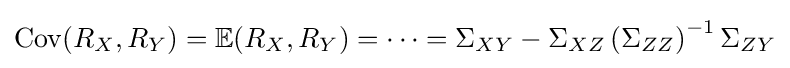
\operatorname {Cov} (R_{X},R_{Y})=\mathbb {E} (R_{X},R_{Y})=\dots =\Sigma _{XY}-\Sigma _{XZ}\left(\Sigma _{ZZ}\right)^{-1}\Sigma _{ZY}